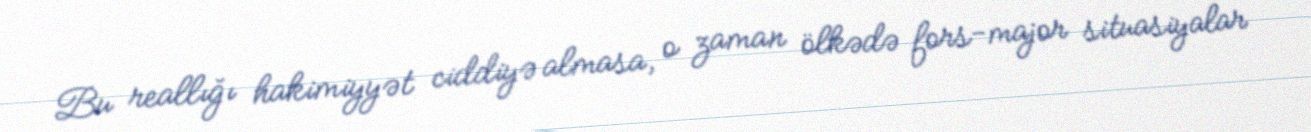
Bu reallığı hakimiyyət ciddiyə almasa, o zaman ölkədə fors-major situasiyalar